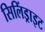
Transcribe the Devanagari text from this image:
सिलिंड्राइट